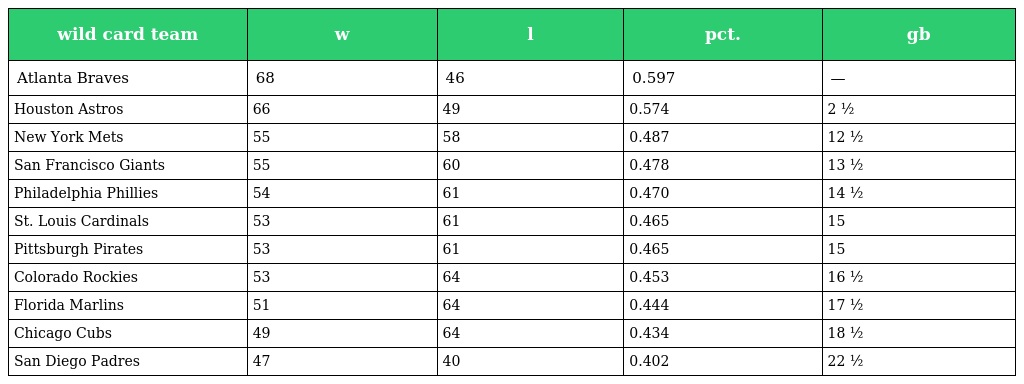
| wild card team | w | l | pct. | gb |
 | --- | --- | --- | --- | --- |
 | Atlanta Braves | 68 | 46 | 0.597 | — |
 | Houston Astros | 66 | 49 | 0.574 | 2 ½ |
 | New York Mets | 55 | 58 | 0.487 | 12 ½ |
 | San Francisco Giants | 55 | 60 | 0.478 | 13 ½ |
 | Philadelphia Phillies | 54 | 61 | 0.470 | 14 ½ |
 | St. Louis Cardinals | 53 | 61 | 0.465 | 15 |
 | Pittsburgh Pirates | 53 | 61 | 0.465 | 15 |
 | Colorado Rockies | 53 | 64 | 0.453 | 16 ½ |
 | Florida Marlins | 51 | 64 | 0.444 | 17 ½ |
 | Chicago Cubs | 49 | 64 | 0.434 | 18 ½ |
 | San Diego Padres | 47 | 40 | 0.402 | 22 ½ |